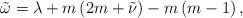
LaTeX: \begin{align*}\tilde{\omega}=\lambda +m\left( 2m+\tilde{\nu}\right) -m\left( m-1\right) ,\end{align*}